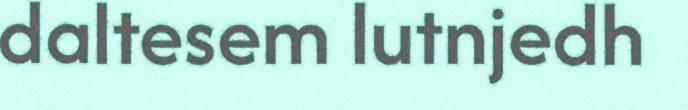
daltesem lutnjedh